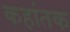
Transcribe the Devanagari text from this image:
कहांतक